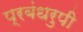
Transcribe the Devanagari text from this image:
प्रबंधरुपी